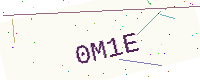
Text: 0M1E